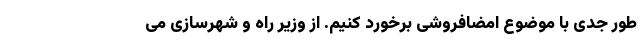
طور جدی با موضوع امضافروشی برخورد کنیم. از وزیر راه و شهرسازی می